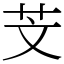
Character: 芠